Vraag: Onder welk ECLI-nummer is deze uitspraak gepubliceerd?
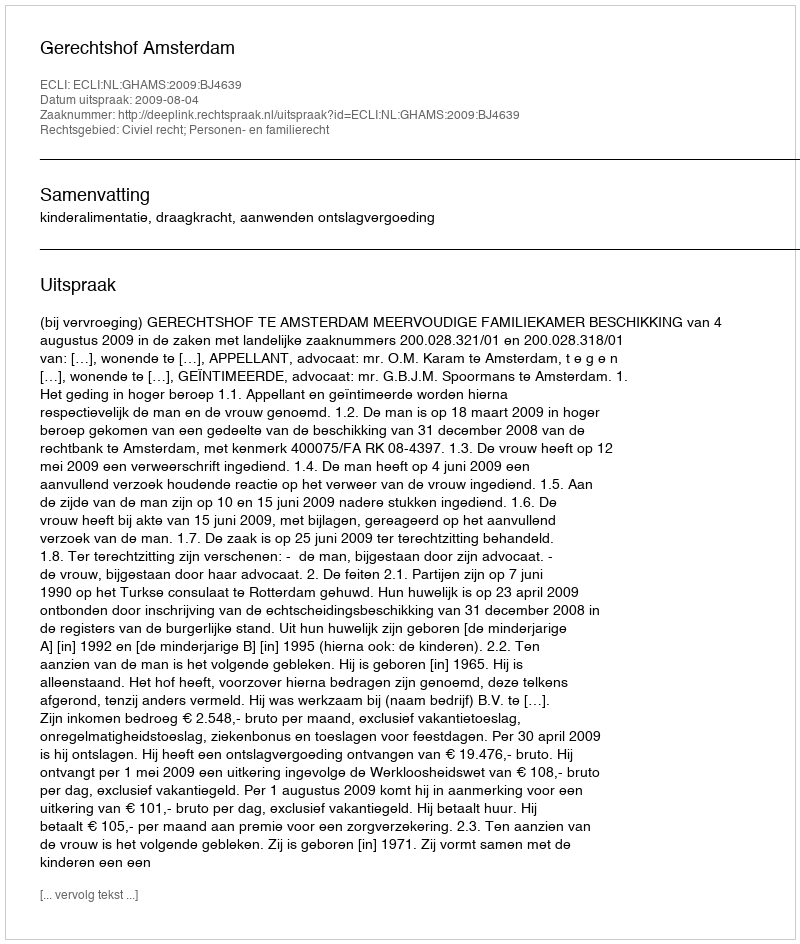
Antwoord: ECLI:NL:GHAMS:2009:BJ4639